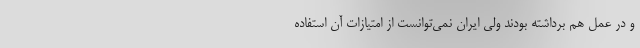
و در عمل هم برداشته بودند ولی ایران نمی‌توانست از امتیازات آن استفاده